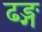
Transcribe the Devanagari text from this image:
ढङ्ग